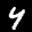
Label: 4